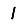
Digit: 1